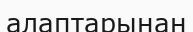
алаптарынан